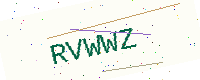
Text: RVWWZ